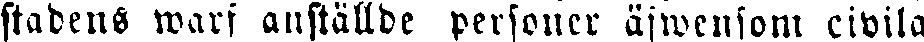
stadens warf anställde personer äfwensom civila